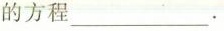
的方程___.